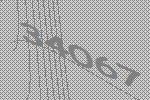
34067